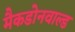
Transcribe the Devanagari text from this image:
मैकडोनवाल्ड